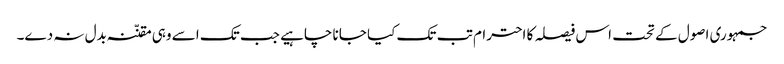
جمہوری اصول کے تحت اس فیصلہ کا احترام تب تک کیا جانا چاہیے جب تک اسے وہی مقنّنہ بدل نہ دے۔